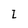
Character: I